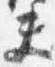
夫